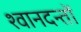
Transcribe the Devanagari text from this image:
श्वानदन्तों